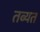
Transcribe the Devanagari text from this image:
तब्यत